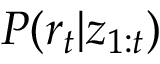
P ( r _ { t } | \boldsymbol { z } _ { 1 : t } )